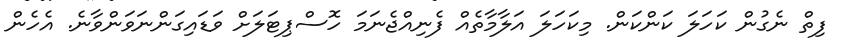
ފިތް ނެގުން ކަހަލަ ކަންކަން. މިކަހަލަ އަލާމާތެއް ފެނިއްޖެނަމަ ހޮސްޕިޓަލަށް ވަޑައިގަންނަވަންވާނެ. އެހެން